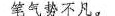
笔气势不凡，